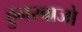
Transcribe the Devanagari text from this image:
हुनरबाजो